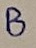
Text: B